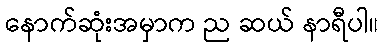
နောက်ဆုံးအမှာက ည ဆယ် နာရီပါ။